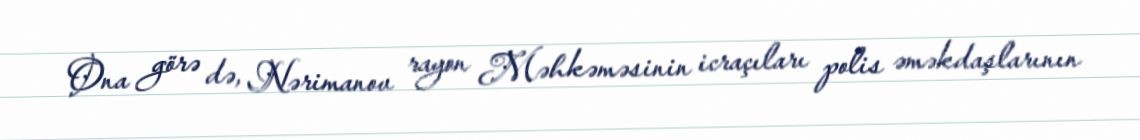
Ona görə də, Nərimanov rayon Məhkəməsinin icraçıları polis əməkdaşlarının